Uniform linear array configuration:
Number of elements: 64
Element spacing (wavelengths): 1
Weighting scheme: uniform
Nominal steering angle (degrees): -15
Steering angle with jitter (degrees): -13.187
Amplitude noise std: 0.05
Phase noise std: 0.05

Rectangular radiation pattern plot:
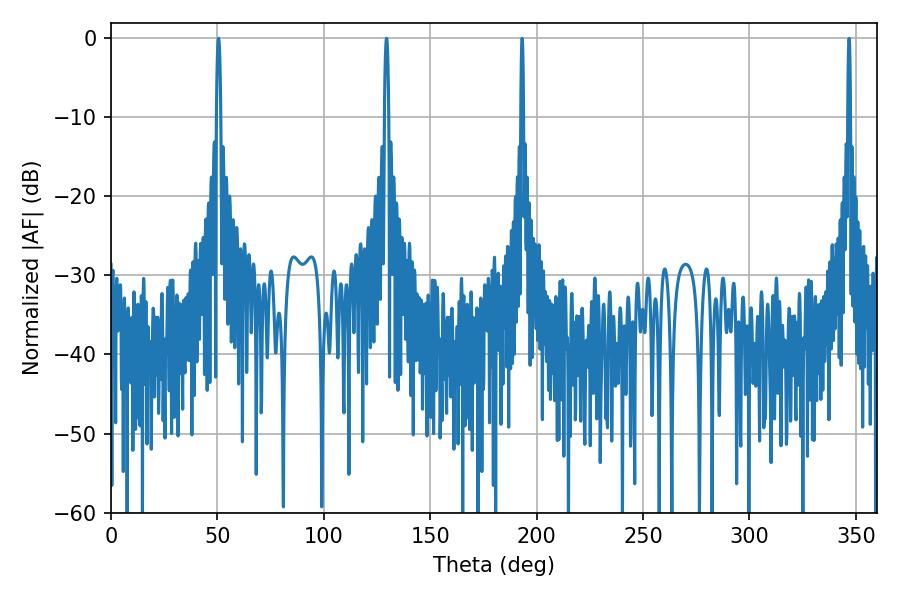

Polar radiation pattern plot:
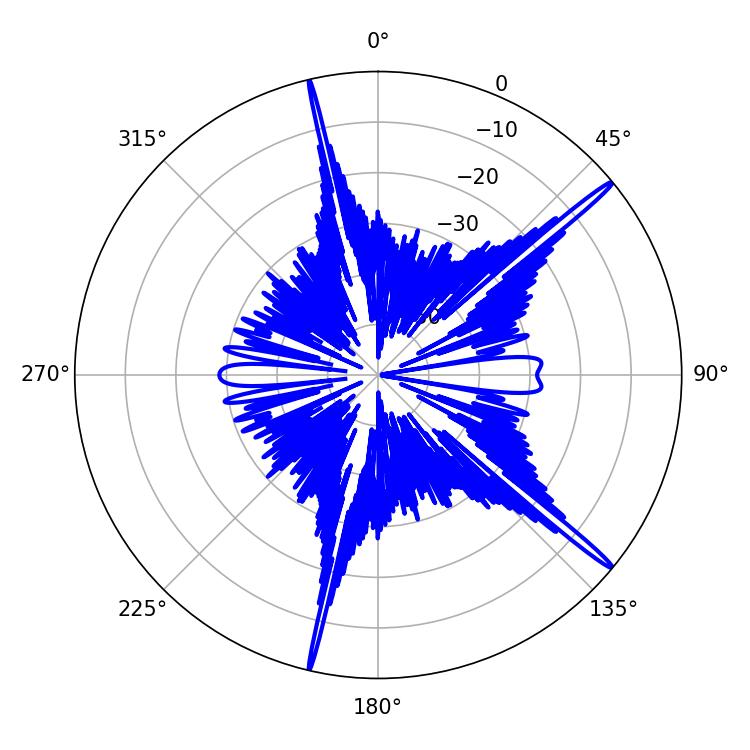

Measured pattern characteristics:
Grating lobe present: TRUE
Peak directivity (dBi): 18.146
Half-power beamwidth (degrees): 1.08
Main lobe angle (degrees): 129.42